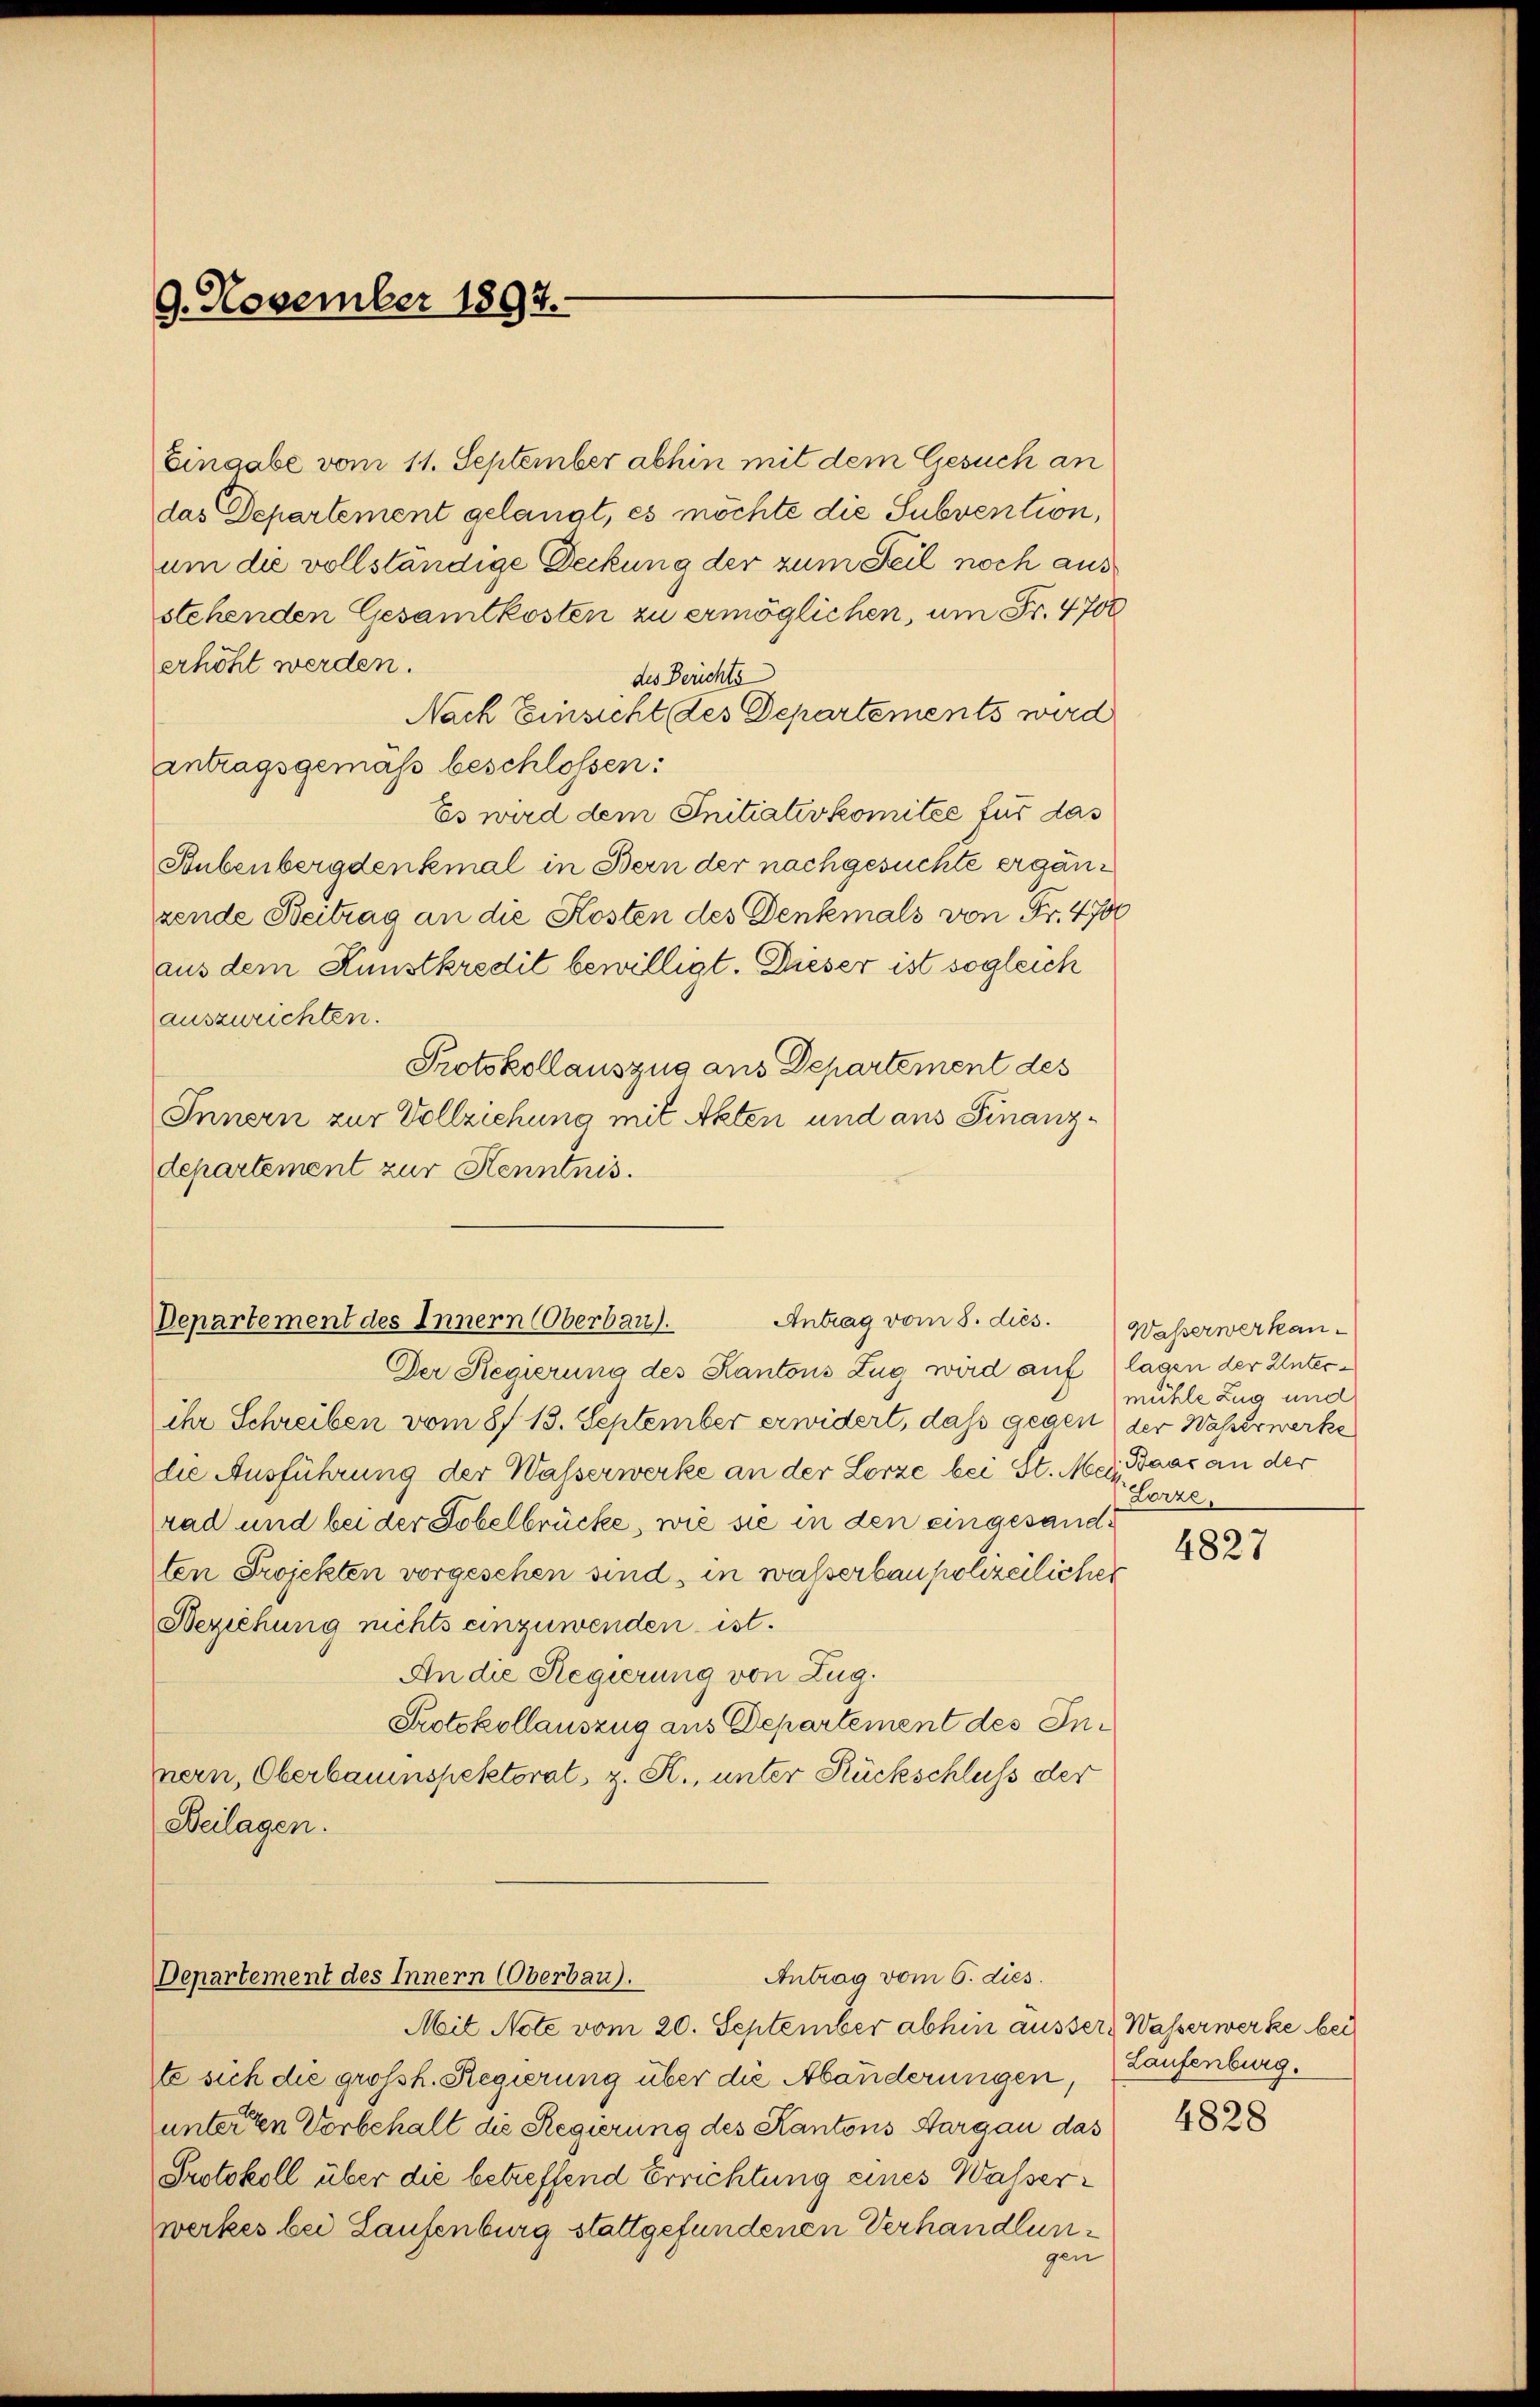
9. November 1897.

Eingabe vom 11. September abhin mit dem Gesuch an
das Departement gelangt, es möchte die Subvention,
um die vollständige Deckung der zum Teil noch ausstehenden Gesamtkosten zu ermöglichen, um Fr. 4700
erhöht werden.
des Berichts
Nach Einsicht des Departements wird
antragsgemäß beschlossen:
Es wird dem Initiativkomitée für das
Bubenbergdenkmal in Bern der nachgesuchte ergänzende Beitrag an die Kosten des Denkmals von Fr. 4700
aus dem Kunstkredit bewilligt. Dieser ist sogleich
auszurichten.
Protokollauszug aus Departement des
Innern zur Vollziehung mit Akten und aus Finanzdepartement zur Kenntnis.

Antrag vom 8. dies.
Departement des Innern (Oberbau.

Der Regierung des Kantons Zug wird auf lagen der Unterihr Schreiben vom 8. 13. September erwidert, daß gegen
die Ausführung der Wasserwerke an der Lorze bei St. Mein Baar an der
rad und bei der Tobelbrücke, wie sie in den eingesandten Projekten vorgesehen sind, in wasserbaupolizeilicher
Beziehung nichts einzuwenden ist.
An die Regierung von Zug.
Protokollauszug aus Departement des Innern, Oberbauinspektoral, z. R., unter Rückschluss der
Beilagen.

Antrag vom 6. dies
Departement des Innern Oberbau).

Mit Note vom 20. September abhin äusser Wasserwerke bei
te sich die großh. Regierung über die Abänderungen, (Laufenburg.
unterten Vorbehalt die Regierung des Kantons Aargau das
Protokoll über die betreffend Errichtung eines Wasserwerkes bei Laufenburg stattgefundenen Verhandlungen

Wasserwerkanmühle Zug und
der Wasserwerke
Lorze.

4827

4828